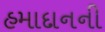
હમાદાનની